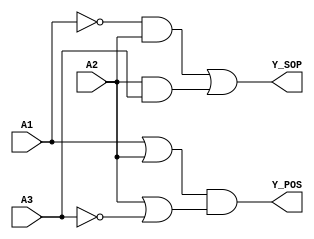
module comb_logic_block (
    input wire A1,
    input wire A2,
    input wire A3,
    output wire Y_SOP,
    output wire Y_POS
);

// Sum of Products (SOP) Implementation
// Example SOP expression: Y_SOP = A1'A2 + A2A3
assign Y_SOP = (~A1 & A2) | (A2 & A3);

// Product of Sums (POS) Implementation
// Example POS expression: Y_POS = (A1 + A2)(A2 + A3')
// This can also be expressed as: Y_POS = (A1 + A2)(A2 + ~A3)
assign Y_POS = (A1 | A2) & (A2 | ~A3);

endmodule